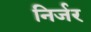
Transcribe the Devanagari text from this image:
निर्जर